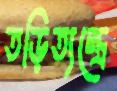
তড়িত্যন্ত্রে